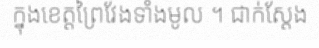
ក្នុងខេត្តព្រៃវែងទាំងមូល ។ ជាក់ស្តែង